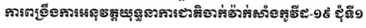
ការពង្រឹងការអនុវត្តយុទ្ធនាការជាតិចាក់វ៉ាក់សាំងកូវីដ-១៩ ជុំទី១